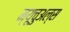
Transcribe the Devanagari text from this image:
म्यूचुअल्स